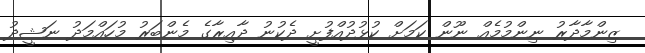
ޒިންމާދާރު ނިންމުމެއް ނޫން ކަމަށް ކުޅުދުއްފުށީ ދެކުނު ދާއިރާގެ މެންބަރު މުހައްމަދު ނަޝީދު